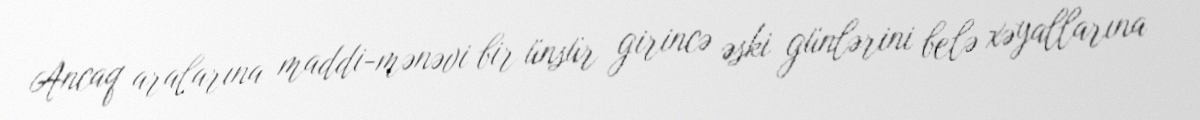
Ancaq aralarına maddi-mənəvi bir ünsür girincə əski günlərini belə xəyallarına